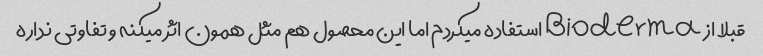
قبلا از Bioderma استفاده میکردم اما این محصول هم مثل همون اثر میکنه و تفاوتی نداره